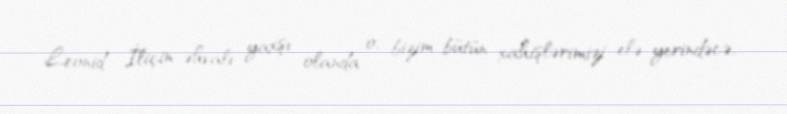
Leonid İliçin əhvalı yaxşı olanda o, bizim bütün xahişlərimizi elə yerindəcə,